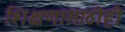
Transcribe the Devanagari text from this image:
शिक्षणासाठीही